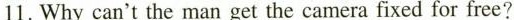
11. Why can't the man get the camera fixed for free?